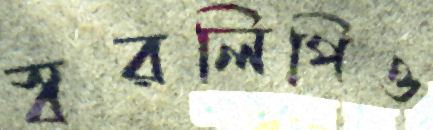
স্বরলিপিও